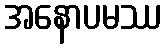
အနောပမဿ